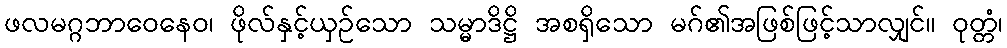
ဖလမဂ္ဂဘာဝေနေဝ၊ ဖိုလ်နှင့်ယှဉ်သော သမ္မာဒိဋ္ဌိ အစရှိသော မဂ်၏အဖြစ်ဖြင့်သာလျှင်။ ဝုတ္တံ၊